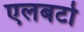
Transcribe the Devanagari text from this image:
एलबर्टो